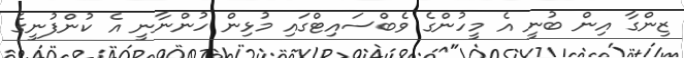
ޒިންގާ އިން ބުނީ އެ މީހުންގެ ވެބްސައިޓްގައި މުޅިން ހުންނާނީ އެ ކުންފުނީގެ